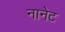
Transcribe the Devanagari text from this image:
नानेट